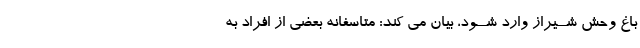
باغ وحش شــیراز وارد شــود، بیان مى کند: متاسفانه بعضى از افراد به